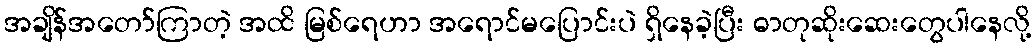
အချိန်အတော်ကြာတဲ့ အထိ မြစ်ရေဟာ အရောင်မပြောင်းပဲ ရှိနေခဲ့ပြီး ဓာတုဆိုးဆေးတွေပါနေလို့